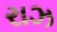
રાઝ